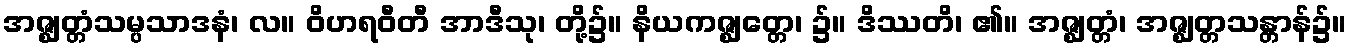
အဇ္ဈတ္တံသမ္ပသာဒနံ၊ လ။ ဝိဟရဝီတီ အာဒီသု၊ တို့၌။ နိယကဇ္ဈတ္တေ၊ ၌။ ဒိဿတိ၊ ၏။ အဇ္ဈတ္တံ၊ အဇ္ဈတ္တသန္တာန်၌။